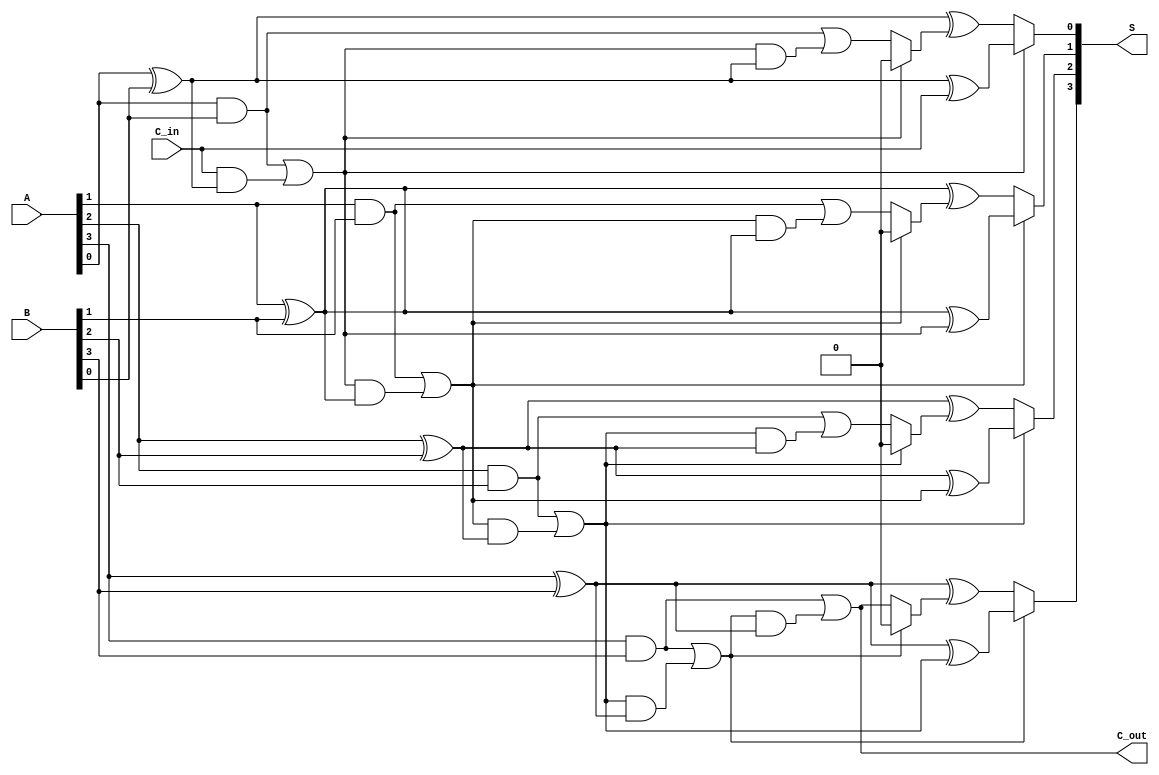
module conditional_sum_adder #(parameter n = 4) (
    input [n-1:0] A,          // First n-bit input
    input [n-1:0] B,          // Second n-bit input
    input C_in,               // Initial carry input
    output [n-1:0] S,         // n-bit sum output
    output C_out              // Final carry output
);

    wire [n-1:0] S0, S1;      // Partial sums
    wire [n-1:0] C0, C1;      // Carry outputs
    wire [n-1:0] C_select;    // Carry selection for multiplexing

    // Generate partial sums and carries
    genvar i;
    generate
        for (i = 0; i < n; i = i + 1) begin : CSA_BITS
            // Partial sums
            assign S0[i] = A[i] ^ B[i] ^ (i == 0 ? C_in : C0[i-1]);
            assign S1[i] = A[i] ^ B[i] ^ (C_select[i]);

            // Carry calculations
            assign C0[i] = (A[i] & B[i]) | ((i == 0 ? C_in : C0[i-1]) & (A[i] ^ B[i]));
            assign C1[i] = (A[i] & B[i]) | (C0[i] & (A[i] ^ B[i]));
        end
    endgenerate

    // Carry selection logic
    generate
        for (i = 0; i < n; i = i + 1) begin : C_SELECT
            assign C_select[i] = C0[i] ? 1'b0 : C1[i];
        end
    endgenerate

    // Final sum output selection
    generate
        for (i = 0; i < n; i = i + 1) begin : SUM_OUTPUT
            assign S[i] = C0[i] ? S0[i] : S1[i];
        end
    endgenerate

    // Final carry output
    assign C_out = C1[n-1];

endmodule